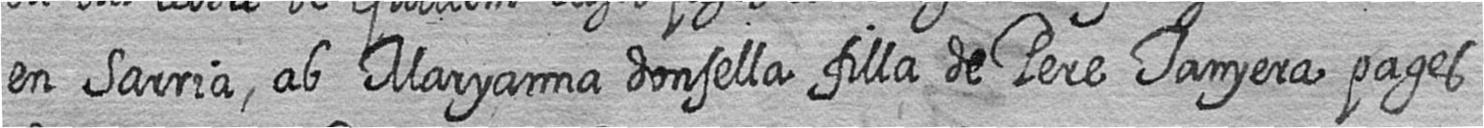
en Sarria ab Maryanna donsella filla de Pere Tanyera pages